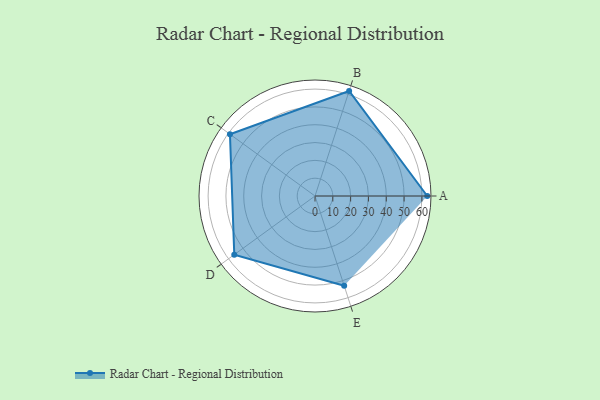
{"axis": {"x": "Skill", "y": "Score"}, "legend": ["Profile"], "data": [{"x": "A", "y": 63.0, "type": "Profile"}, {"x": "B", "y": 62.0, "type": "Profile"}, {"x": "C", "y": 59.0, "type": "Profile"}, {"x": "D", "y": 56.0, "type": "Profile"}, {"x": "E", "y": 53.0, "type": "Profile"}]}